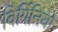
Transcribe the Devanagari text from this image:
विर्गिनियो